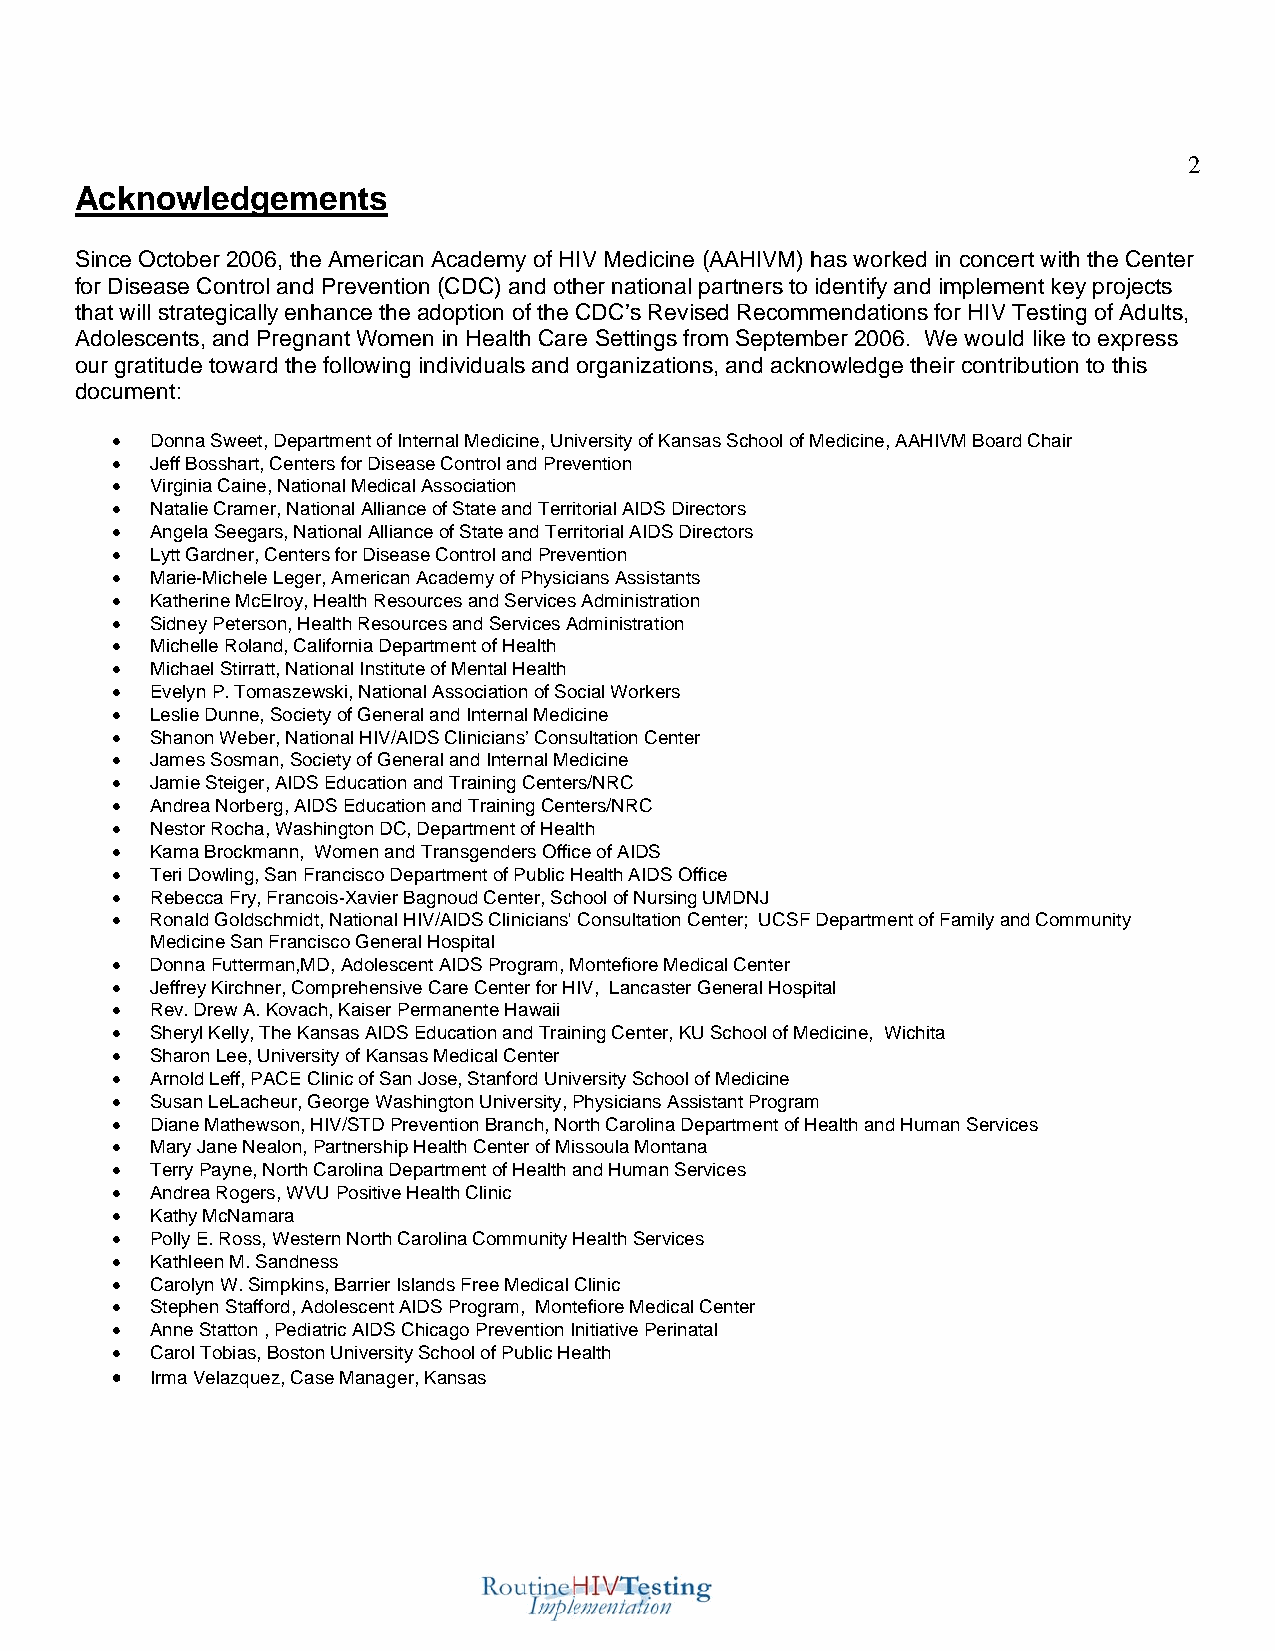
2
 Acknowledgements
 Since October 2006, the American Academy of HIV Medicine (AAHIVM) has worked in concert with the Center
 for Disease Control and Prevention (CDC) and other national partners to identify and implement key projects
 that will strategically enhance the adoption of the CDC’s Revised Recommendations for HIV Testing of Adults,
 Adolescents, and Pregnant Women in Health Care Settings from September 2006. We would like to express
 our gratitude toward the following individuals and organizations, and acknowledge their contribution to this
 document:
 •  Donna Sweet, Department of Internal Medicine, University of Kansas School of Medicine, AAHIVM Board Chair
 •  Jeff Bosshart, Centers for Disease Control and Prevention
 •  Virginia Caine, National Medical Association
 •  Natalie Cramer, National Alliance of State and Territorial AIDS Directors
 •  Angela Seegars, National Alliance of State and Territorial AIDS Directors
 •  Lytt Gardner, Centers for Disease Control and Prevention
 •  Marie-Michele Leger, American Academy of Physicians Assistants
 •  Katherine McElroy, Health Resources and Services Administration
 •  Sidney Peterson, Health Resources and Services Administration
 •  Michelle Roland, California Department of Health
 •  Michael Stirratt, National Institute of Mental Health
 •  Evelyn P. Tomaszewski, National Association of Social Workers
 •  Leslie Dunne, Society of General and Internal Medicine
 •  Shanon Weber, National HIV/AIDS Clinicians’ Consultation Center
 •  James Sosman, Society of General and Internal Medicine
 •  Jamie Steiger, AIDS Education and Training Centers/NRC
 •  Andrea Norberg, AIDS Education and Training Centers/NRC
 •  Nestor Rocha, Washington DC, Department of Health
 •  Kama Brockmann, Women and Transgenders Office of AIDS
 •  Teri Dowling, San Francisco Department of Public Health AIDS Office
 •  Rebecca Fry, Francois-Xavier Bagnoud Center, School of Nursing UMDNJ
 •  Ronald Goldschmidt, National HIV/AIDS Clinicians' Consultation Center; UCSF Department of Family and Community
 Medicine San Francisco General Hospital
 •  Donna Futterman,MD, Adolescent AIDS Program, Montefiore Medical Center
 •  Jeffrey Kirchner, Comprehensive Care Center for HIV, Lancaster General Hospital
 •  Rev. Drew A. Kovach, Kaiser Permanente Hawaii
 •  Sheryl Kelly, The Kansas AIDS Education and Training Center, KU School of Medicine, Wichita
 •  Sharon Lee, University of Kansas Medical Center
 •  Arnold Leff, PACE Clinic of San Jose, Stanford University School of Medicine
 •  Susan LeLacheur, George Washington University, Physicians Assistant Program
 •  Diane Mathewson, HIV/STD Prevention Branch, North Carolina Department of Health and Human Services
 •  Mary Jane Nealon, Partnership Health Center of Missoula Montana
 •  Terry Payne, North Carolina Department of Health and Human Services
 •  Andrea Rogers, WVU Positive Health Clinic
 •  Kathy McNamara
 •  Polly E. Ross, Western North Carolina Community Health Services
 •  Kathleen M. Sandness
 •  Carolyn W. Simpkins, Barrier Islands Free Medical Clinic
 •  Stephen Stafford, Adolescent AIDS Program, Montefiore Medical Center
 •  Anne Statton , Pediatric AIDS Chicago Prevention Initiative Perinatal
 •  Carol Tobias, Boston University School of Public Health
 •  Irma Velazquez, Case Manager, Kansas